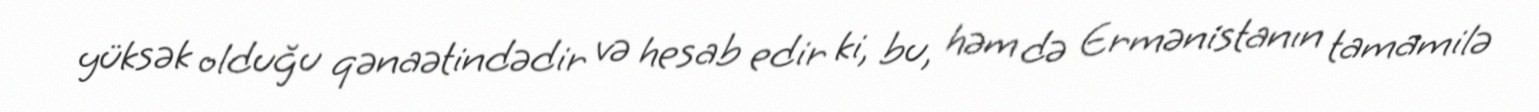
yüksək olduğu qənaətindədir və hesab edir ki, bu, həm də Ermənistanın tamamilə